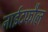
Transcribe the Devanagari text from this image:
नाईटफौल